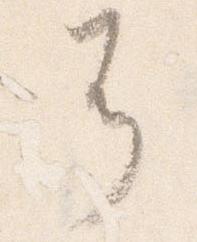
耳